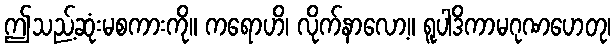
ဤသည့်ဆုံးမစကားကို။ ကရောဟိ၊ လိုက်နာလော့။ ရူပါဒိကာမဂုဏဟေတု၊